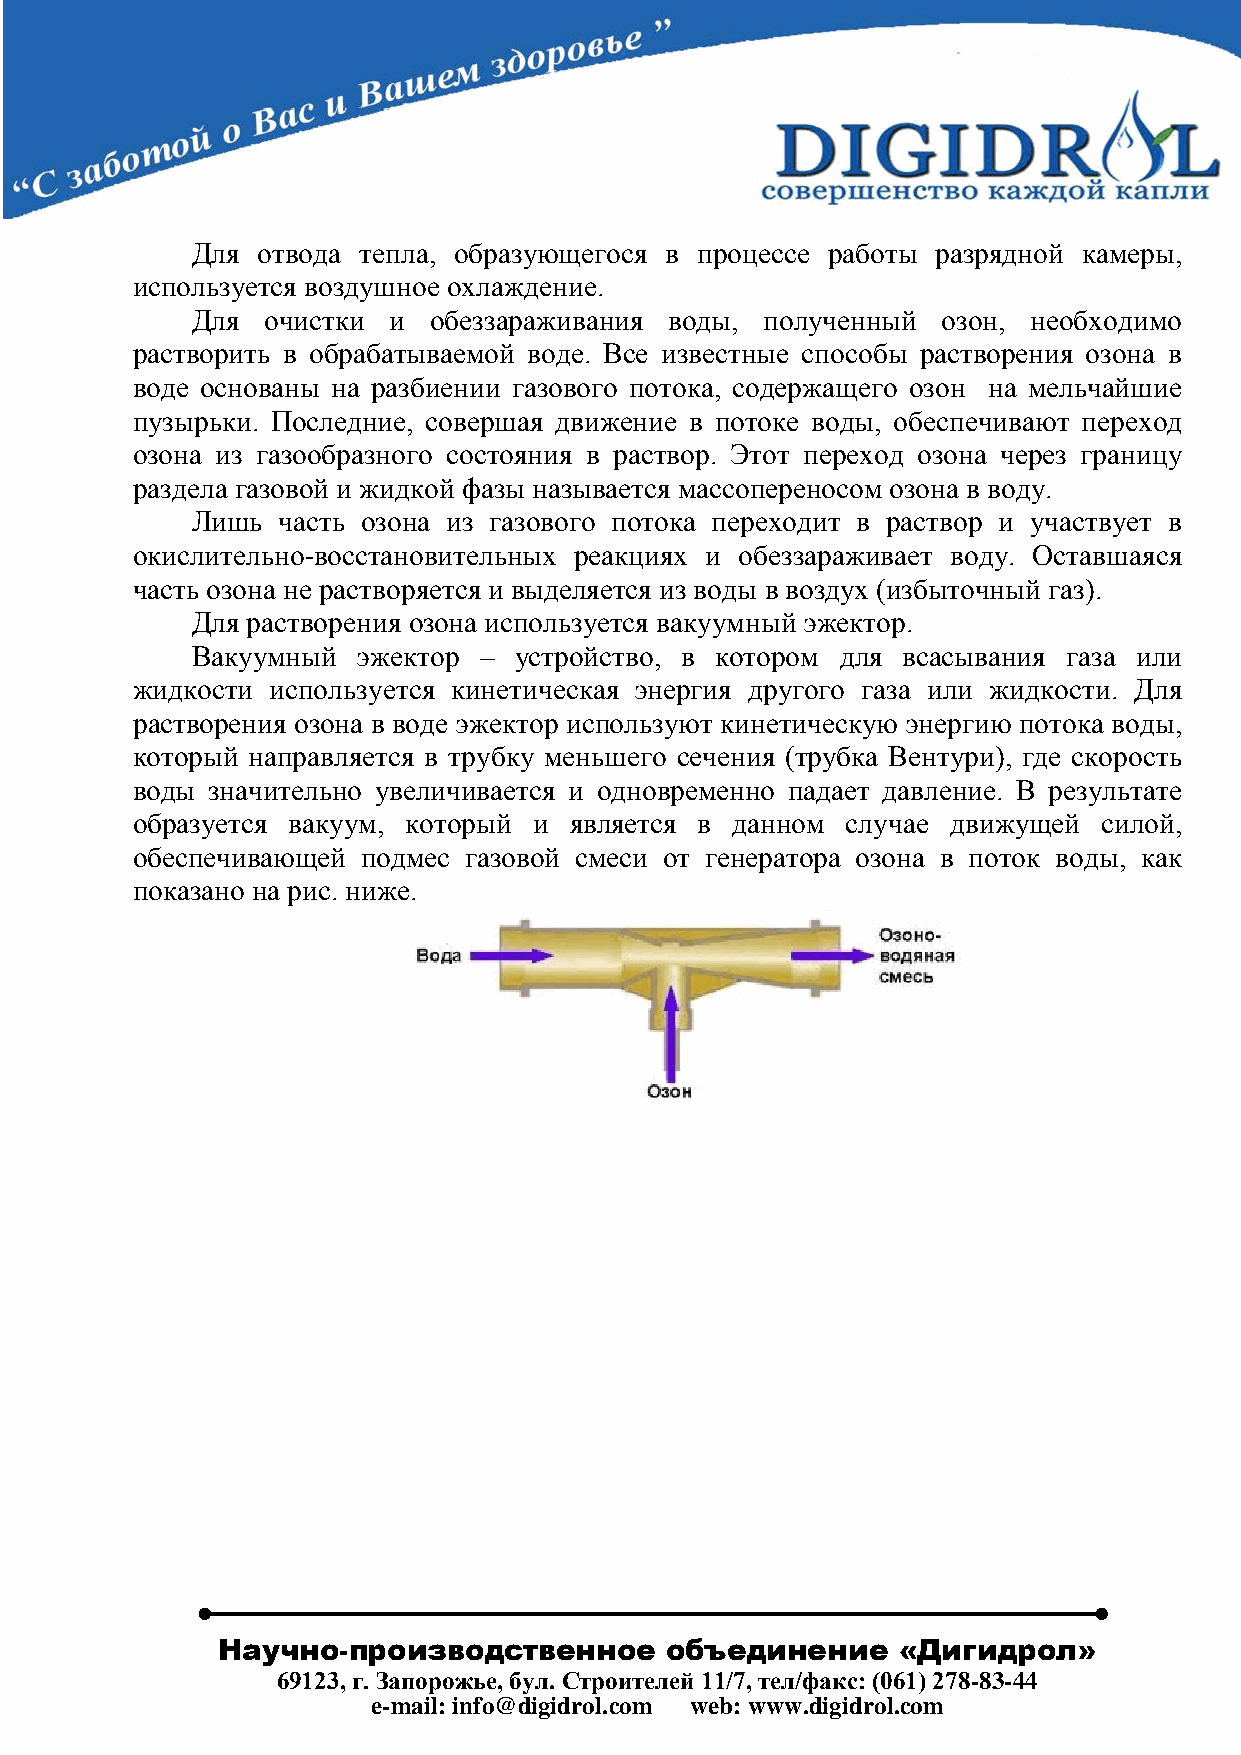
Для отвода тепла, образующегося в процессе работы разрядной камеры,
 используется воздушное охлаждение.
 Для  очистки и  обеззараживания воды, полученный озон, необходимо
 растворить в обрабатываемой воде. Все известные способы растворения озона в
 воде основаны на разбиении газового потока, содержащего озон на мельчайшие
 пузырьки. Последние, совершая движение в потоке воды, обеспечивают переход
 озона из газообразного состояния в раствор. Этот переход озона через границу
 раздела газовой и жидкой фазы называется массопереносом озона в воду.
 Лишь часть озона из газового потока переходит в раствор и участвует в
 окислительно-восстановительных реакциях и обеззараживает воду. Оставшаяся
 часть озона не растворяется и выделяется из воды в воздух (избыточный газ).
 Для растворения озона используется вакуумный эжектор.
 Вакуумный  эжектор – устройство, в котором для всасывания газа или
 жидкости используется кинетическая энергия другого газа или жидкости. Для
 растворения озона в воде эжектор используют кинетическую энергию потока воды,
 который направляется в трубку меньшего сечения (трубка Вентури), где скорость
 воды значительно увеличивается и одновременно падает давление. В результате
 образуется вакуум, который и является в данном случае движущей  силой,
 обеспечивающей подмес газовой смеси от генератора озона в поток воды, как
 показано на рис. ниже.
 Научно-производственное       объединение    «Дигидрол»
 69123, г. Запорожье, бул. Строителей 11/7, тел/факс: (061) 278-83-44
 e-mail: info@digidrol.com web: www.digidrol.com